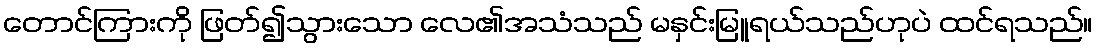
တောင်ကြားကို ဖြတ်၍သွားသော လေ၏အသံသည် မနှင်းမြူရယ်သည်ဟုပဲ ထင်ရသည်။